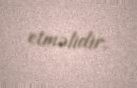
etməlidir.